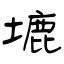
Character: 塶